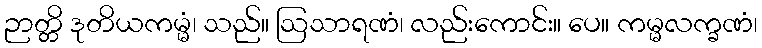
ဉာတ္တိ ဒုတိယကမ္မံ၊ သည်။ ဩသာရဏံ၊ လည်းကောင်း။ ပေ။ ကမ္မလက္ခဏံ၊